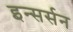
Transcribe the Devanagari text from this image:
इन्सर्सन